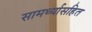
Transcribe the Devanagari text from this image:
सामर्थ्यासहित